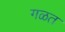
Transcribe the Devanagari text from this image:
गळत